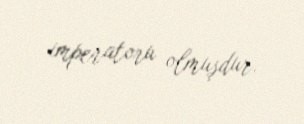
imperatoru olmuşdur.